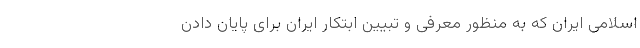
اسلامی ایران که به منظور معرفی و تبیین ابتکار ایران برای پایان دادن